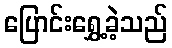
ပြောင်းရွှေ့ခဲ့သည်